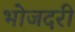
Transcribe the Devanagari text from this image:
भोजदरी